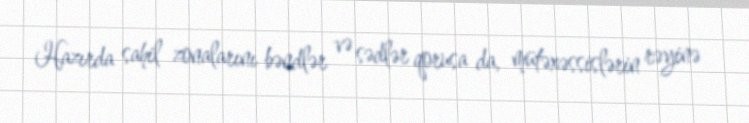
Hazırda sahil zonalarını bəndlər və sədlər qorusa da, mütəxəssislərin rəyinə